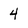
Character: 4